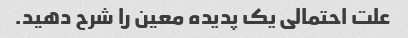
علت احتمالی یک پدیده معین را شرح دهید.